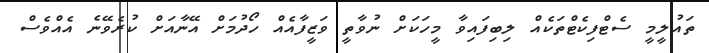
ތައުލީމީ ސެޓްފިކެޓްތަކެއް ލިބިފައިވާ މީހަކަށް ނުވާތީ ވަޒީފާއެއް ހޯދުމަށް އޭނާއަށް ކުރެވޭނެ އެއްވެސް